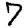
Digit: 7